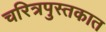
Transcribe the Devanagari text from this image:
चरित्रपुस्तकात